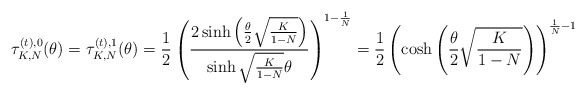
\begin{align*}\tau_{K,N}^{(t),0}(\theta)=\tau_{K,N}^{(t),1}(\theta)&=\frac{1}{2}\left(\dfrac{2\sinh \left(\frac{\theta}{2}\sqrt{\frac{K}{1-N}}\right)}{\sinh \sqrt{\frac{K}{1-N}}\theta}\right)^{1-\frac{1}{N}}=\frac{1}{2}\left(\cosh \left(\frac{\theta}{2}\sqrt{\frac{K}{1-N}}\right)\right)^{\frac{1}{N}-1}\end{align*}